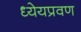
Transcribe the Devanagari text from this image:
ध्येयप्रवण